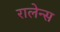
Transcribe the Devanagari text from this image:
रालेन्स